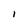
Character: l